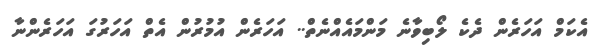
އެކަމް އަހަރެން ދެކެ ލޯބިވާނެ މަންމައެއްނެތް.. އަހަރެން އުމުރުން އެތް އަހަރުގަ އަހަރެންނާ